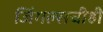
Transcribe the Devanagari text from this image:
जिंगल्सचीही